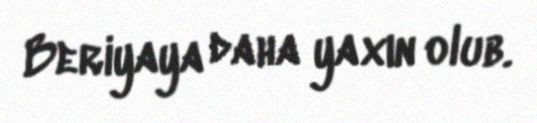
Beriyaya daha yaxın olub.